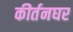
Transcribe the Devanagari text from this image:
कीर्तनघर